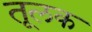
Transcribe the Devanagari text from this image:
तूलक